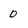
Character: 0